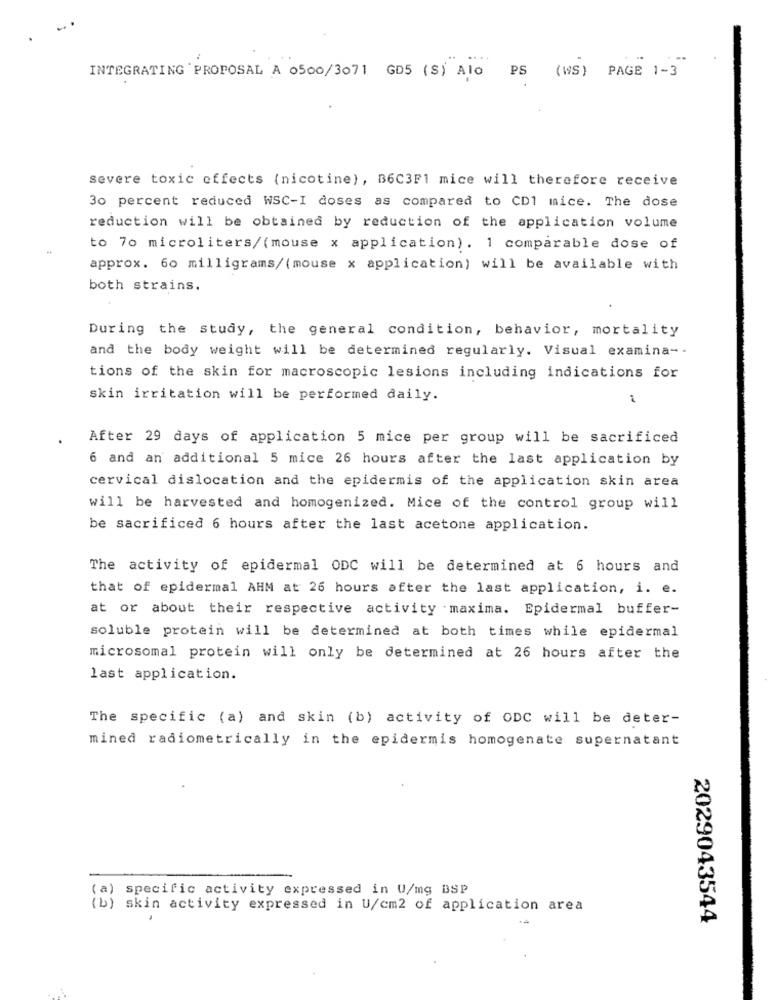
...
INTEGRATING PROPOSAL A 0500/3071 GD5 (S) Alo PS (WS) PAGE 1-3
severe toxic effects (nicotine), B6C3F1 mice will therefore receive
30 percent reduced WSC-I doses as compared to CD1 mice. The dose
reduction will be obtained by reduction of the application volume
to 70 microliters/(mouse x application). 1 comparable dose of
approx. 60 milligrams/ ( mouse x application) will be available with
both strains.
During the study, the general condition, behavior, mortality
and the body weight will be determined regularly. Visual examina- -
tions of the skin for macroscopic lesions including indications for
skin irritation will be performed daily.
After 29 days of application 5 mice per group will be sacrificed
6 and an additional 5 mice 26 hours after the last application by
cervical dislocation and the epidermis of the application skin area
will be harvested and homogenized. Mice of the control group will
be sacrificed 6 hours after the last acetone application.
The activity of epidermal ODC will be determined at 6 hours and
that of epidermal AHM at 26 hours after the last application, i. e.
at or about their respective activity .maxima. Epidermal buffer-
soluble protein will be determined at both times while epidermal
microsomal protein will only be determined at 26 hours after the
last application.
The specific (a) and skin (b) activity of ODC will be deter-
mined radiometrically in the epidermis homogenate supernatant
(a)
specific activity expressed in U/mg BSP
(b) skin activity expressed in U/cm2 of application area
2029043544